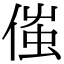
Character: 𠋷